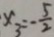
x _ { 3 } = - \frac { 5 } { 2 }